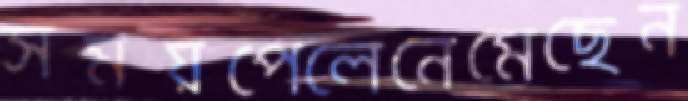
সময়পেলেনেমেছেন